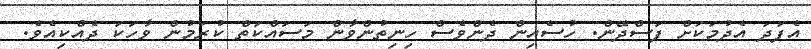
އެފަދަ އެދުމަކަށް ފަސްދޭން. ހުސެއިން ދެންވެސް ހިނިތުންވާން މަސައްކަތް ކުރަމުން ވާހަކަ ދެއްކިއެވެ.